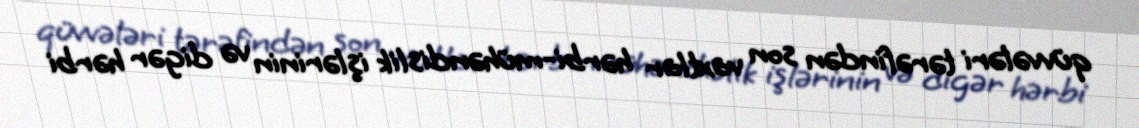
qüvvələri tərəfindən son vaxtlar hərbi-mühəndislik işlərinin və digər hərbi